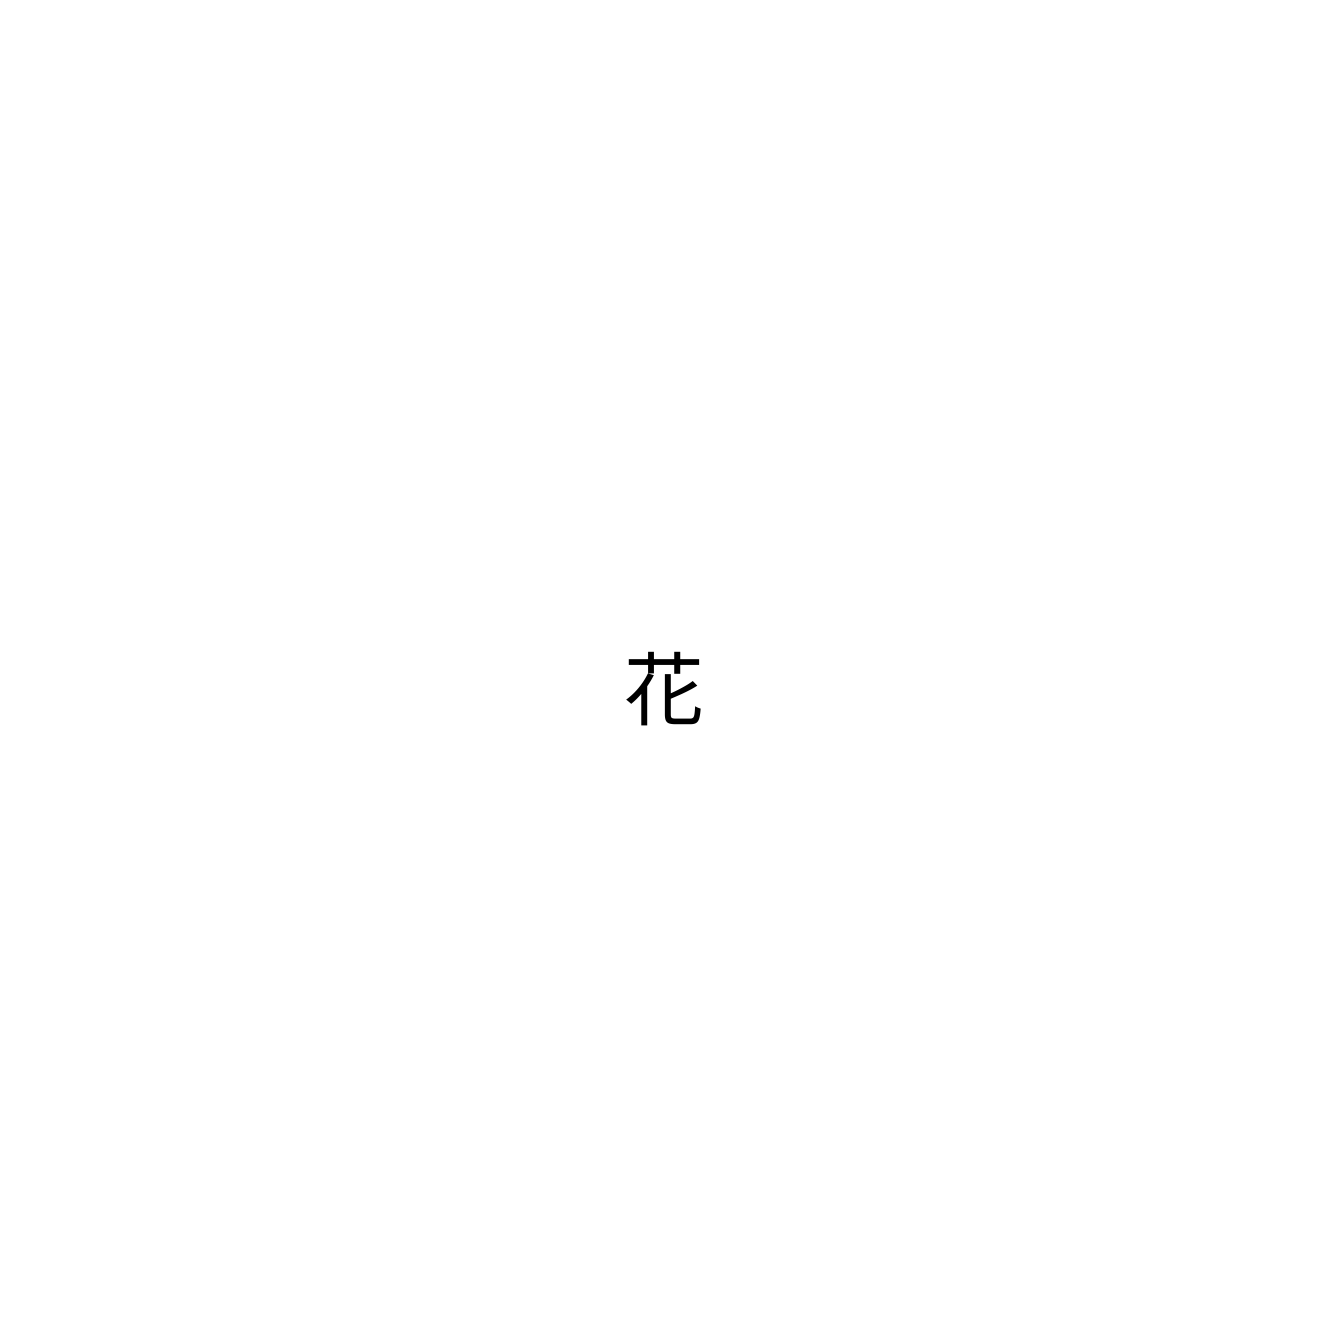
花